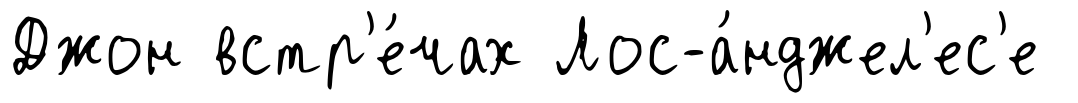
Джон встр'е́чах Лос-а́нджел'ес'е